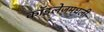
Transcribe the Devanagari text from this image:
कॉइलेजमधली